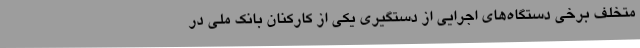
متخلف برخی دستگاه‌های اجرایی از دستگیری یکی از کارکنان بانک ملی در